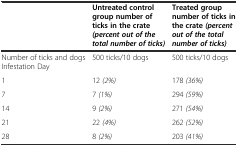
|  | Untreated control group number of ticks in the crate(percent out of the total number of ticks) | Treated group number of ticks in the crate(percent out of the total number of ticks) |
 | --- | --- | --- |
 | Number of ticks and dogs Infestation Day | 500 ticks/10 dogs | 500 ticks/10 dogs |
 | 1 | 12 (2%) | 178 (36%) |
 | 7 | 7 (1%) | 294 (59%) |
 | 14 | 9 (2%) | 271 (54%) |
 | 21 | 22 (4%) | 262 (52%) |
 | 28 | 8 (2%) | 203 (41%) |